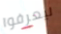
ليعرفوا